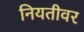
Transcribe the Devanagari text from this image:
नियतीवर